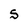
Character: S